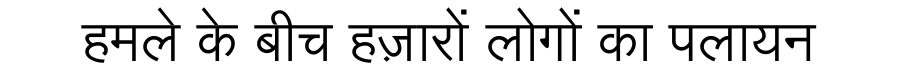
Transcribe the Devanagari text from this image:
हमले के बीच हज़ारों लोगों का पलायन